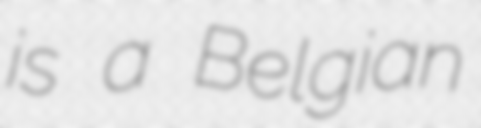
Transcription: is a Belgian